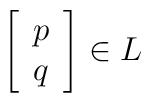
\left[\begin{array}{c} p\\q\end{array}\right]\in L